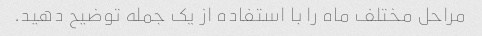
مراحل مختلف ماه را با استفاده از یک جمله توضیح دهید.